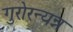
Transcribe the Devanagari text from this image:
गुरोरन्यन्न